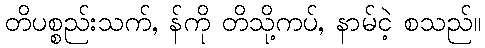
တိပစ္စည်းသက်, န်ကို တိသို့ကပ်, နာမ်ငဲ့ စသည်။